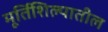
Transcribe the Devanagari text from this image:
मूर्तिशिल्पातील